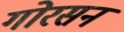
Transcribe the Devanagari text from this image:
गोरसन